Report on vaccination in Madras 1895-1903 - 1895-1903
Year: 1895
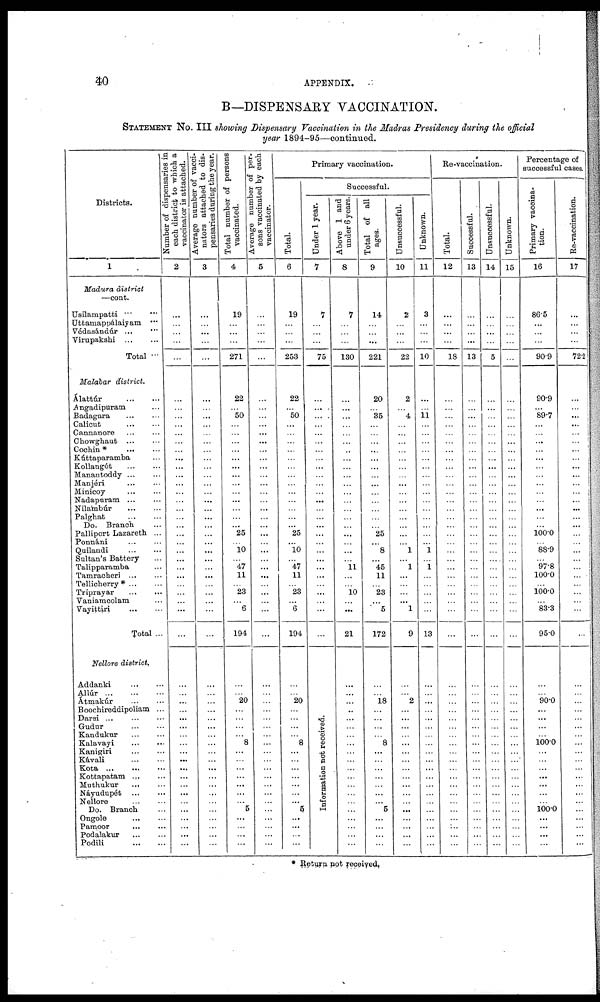
40
APPENDIX.
B—DISPENSARY VACCINATION.
STATEMENT No. III showing Dispensary Vaccination in the Madras Presidency during the official
year 1894-95—continued.
Districts.
1
Madura district
—cont.
Usilampatti ... ...
Uttamappálaiyam ...
Védasándúr ... ...
Virupakshi
...
...
Total ...
Malabar district.
Álattúr
...
...
Angadipuram ...
Badagara
...
...
Calicut ... ...
Cannanore ... ...
Chowghaut ... ...
Cochin * ... ...
Kúttaparamba ...
Kollangót
...
...
Manantoddy ... ...
Manjéri ... ...
Minicoy ... ...
Nadapuram
...
...
Nilambúr
...
...
Palghat
...
...
Do. Branch. ...
Palliport Lazareth ...
Ponnáni ... ...
Quilandi
...
...
Sultan's Battery ...
Talipparamba ...
Tamracheri
...
...
Tellicherry* ... ...
Triprayar
...
...
Vaniamcolam ...
Vayittiri
...
...
Total ...
Nellore district.
Addanki
...
...
Allúr
...
...
...
Átmakúr ... ...
Boochireddipoliam ...
Darsi
...
...
...
Gudur
...
...
Kandukur
...
...
Kalavayi
...
...
Kanigiri
...
...
Kávali
...
...
Kota
...
...
...
Kottapatam ... ...
Muthukur
...
...
Náyudupét
...
...
Nellore ... ...
Do. Branch
Ongole
...
...
Pamoor
...
...
Podalakur
...
...
Podili
...
...
Number of dispensaries in
each district to which a
vaccinator is attached.
2
...
...
...
...
...
...
...
...
...
...
...
... ...
...
...
...
...
...
...
...
...
...
... ...
...
...
...
...
...
... ...
...
...
...
...
...
...
...
...
...
...
...
...
...
...
...
...
...
...
...
...
...
Average number of vacci-
nators attached to dis-
pensaries during the year.
3
...
...
...
...
...
...
...
...
...
...
...
...
...
...
...
...
...
...
...
...
...
...
...
...
...
...
...
...
...
...
...
...
...
...
...
...
... ...
...
...
...
...
...
...
...
...
...
...
...
... ...
...
Total number of persons
vaccinated.
4
19
...
...
...
271
22
...
50
...
...
...
...
...
...
...
...
...
...
...
...
...
25
... 10
...
47
11
...
23
... 6
194
...
...
20
...
...
...
...
8
...
...
...
...
...
...
... 5
...
... ...
...
Average number of per-
sons vaccinated by each
vaccinator.
5
...
...
...
...
...
...
...
...
...
...
...
... ...
...
...
...
...
...
...
...
...
...
... ...
...
...
...
...
...
...
...
...
...
...
...
...
...
...
...
...
...
...
...
...
... ...
...
...
...
...
...
...
Primary vaccination.
Total.
6
19
...
...
...
253
22
...
50
...
...
...
...
...
...
...
...
...
...
...
...
...
25
...
10
...
47
11
...
23
... 6
194
...
...
20
...
...
...
...
8
...
...
...
...
...
...
...
5
...
...
...
...
Successful.
Under 1 year.
7
7
...
...
...
75
...
...
...
... ...
...
...
...
...
...
...
...
...
...
...
...
...
...
...
...
...
...
...
...
...
...
...
Information not received.
Above 1 and
under 6 years.
8
7
...
...
...
130
...
...
...
...
...
...
...
...
...
...
...
...
...
...
...
... ...
... ...
...
11
...
...
10
... ...
21
...
...
...
..
...
...
...
...
...
...
...
...
...
...
... ...
...
...
...
...
Total of all
ages.
9
14
...
...
...
221
20
...
35
...
...
...
...
...
...
...
...
...
...
...
...
... 25
...
8
...
45
11
...
23
...
5
172
...
...
18
...
... ...
...
8
...
...
...
...
... ...
...
5
...
...
...
...
Unsuccessful.
10
2
...
...
...
22
2
...
4
... ...
...
...
...
...
...
...
...
...
...
...
...
...
... 1
...
1
...
...
...
...
1
9
...
...
2
...
...
...
...
...
...
...
...
...
...
...
...
...
...
...
...
...
Unknown.
11
3
...
...
...
10
...
...
11
...
...
...
...
...
...
...
...
...
...
...
...
...
...
...
1
...
1
...
...
...
...
...
13
...
...
...
...
...
...
...
...
...
...
...
...
...
...
...
...
...
...
...
...
Re-vaccination.
Total.
12
...
...
...
...
18
...
...
...
...
...
...
...
...
...
...
...
...
...
...
...
...
...
...
...
...
...
...
...
...
...
...
...
...
...
...
...
...
...
...
...
...
...
...
...
...
...
...
...
...
...
...
...
Successful.
13
...
...
...
...
13
...
...
...
...
...
...
...
...
...
...
...
...
...
...
...
...
...
...
...
...
...
...
...
...
...
...
...
...
...
...
...
...
...
...
...
...
...
...
...
...
...
...
...
...
...
...
...
Unsuccessful.
14
...
...
...
...
5
...
...
...
...
...
...
...
...
...
...
...
...
...
...
...
...
...
...
...
...
...
...
...
...
...
...
...
...
...
...
...
...
...
...
...
...
...
...
...
...
...
...
...
...
...
...
...
Unknown.
15
...
...
...
...
...
...
...
...
...
...
...
...
...
...
...
...
...
...
...
...
...
...
...
...
...
...
...
...
...
...
...
...
...
...
...
...
...
...
...
...
...
...
...
...
...
...
...
...
...
...
...
...
Percentage of
successful cases.
Primary vaccina-
tion.
16
86.5
...
...
...
90.9
90.9
...
89.7
...
...
...
... ...
...
...
...
...
...
...
...
... 100.0
... 88.9
...
97.8
100.0
...
100.0
... 83.3
95.0
...
...
90.0
...
...
...
...
100.0
...
...
...
...
...
...
... 100.0
...
...
...
...
Re-vaccination.
17
...
...
...
...
72.2
...
...
...
...
...
...
... ...
...
...
...
...
...
...
...
...
...
...
...
...
...
...
...
...
...
...
...
...
...
...
...
...
...
...
...
...
...
...
...
...
...
...
...
...
...
...
...
* Return not received.